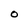
Character: 0